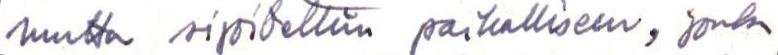
mutta sijoitettiin paikalliseen, jonka